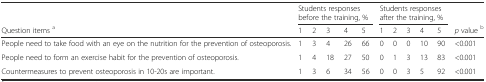
<table><thead><tr><td></td><td colspan="5"><b>Students responses before the training, %</b></td><td colspan="5"><b>Students responses after the training, %</b></td><td></td></tr><tr><td><b>Question items <sup>a</sup></b></td><td><b>1</b></td><td><b>2</b></td><td><b>3</b></td><td><b>4</b></td><td><b>5</b></td><td><b>1</b></td><td><b>2</b></td><td><b>3</b></td><td><b>4</b></td><td><b>5</b></td><td><b><i>p</i> value <sup>b</sup></b></td></tr></thead><tbody><tr><td>People need to take food with an eye on the nutrition for the prevention of osteoporosis.</td><td>1</td><td>3</td><td>4</td><td>26</td><td>66</td><td>0</td><td>0</td><td>0</td><td>10</td><td>90</td><td>&lt;0.001</td></tr><tr><td>People need to form an exercise habit for the prevention of osteoporosis.</td><td>1</td><td>4</td><td>18</td><td>27</td><td>50</td><td>0</td><td>1</td><td>3</td><td>13</td><td>83</td><td>&lt;0.001</td></tr><tr><td>Countermeasures to prevent osteoporosis in 10-20s are important.</td><td>1</td><td>3</td><td>6</td><td>34</td><td>56</td><td>0</td><td>0</td><td>3</td><td>5</td><td>92</td><td>&lt;0.001</td></tr></tbody></table>